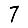
Digit: 7